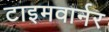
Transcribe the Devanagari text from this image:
टाइमवार्नर